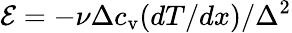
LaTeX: {\mathcal E}=-\nu\Delta c_{\mathrm{v}}(dT/dx)/\Delta^{2}